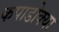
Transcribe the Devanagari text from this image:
कपाडोक्या